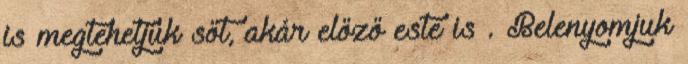
is megtehetjük sőt, akár előző este is . Belenyomjuk